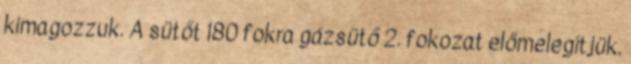
kimagozzuk. A sütőt 180 fokra gázsütő 2. fokozat előmelegítjük.